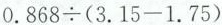
$$0 . 8 6 8 \div ( 3 . 1 5 - 1 . 7 5 )$$